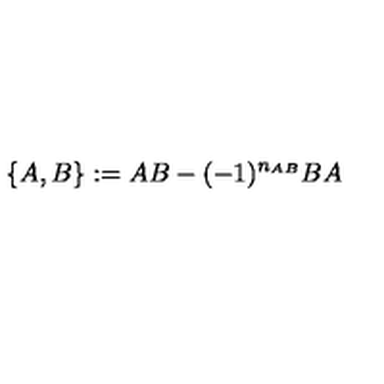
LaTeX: \{ A , B \} : = A B - ( - 1 ) ^ { n _ { A B } } B A